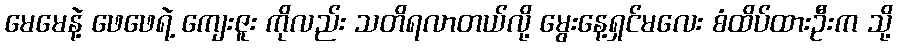
မေမေနဲ့ ဖေဖေရဲ့ ကျေးဇူး ကိုလည်း သတိရလာတယ်လို့ မွေးနေ့ရှင်မလေး စံထိပ်ထားဦးက သို့